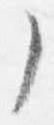
了